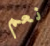
نعم